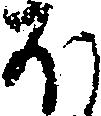
ほ